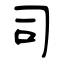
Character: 司